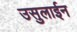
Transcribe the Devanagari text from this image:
उसुलाईन